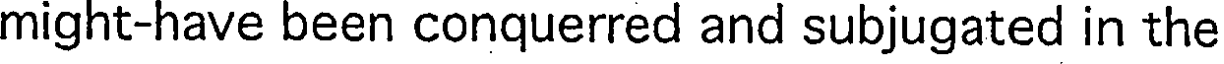
might-have been conquerred and subjugated in the